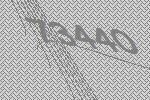
73440